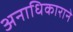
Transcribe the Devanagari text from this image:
अनाधिकाराने